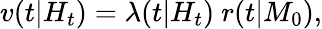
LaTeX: v(t|H_{t})=\lambda(t|H_{t})\ r(t|M_{0}),